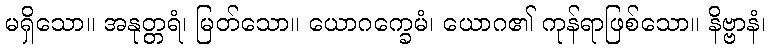
မရှိသော။ အနုတ္တရံ၊ မြတ်သော။ ယောဂက္ခေမံ၊ ယောဂ၏ ကုန်ရာဖြစ်သော။ နိဗ္ဗာနံ၊